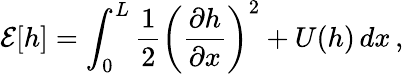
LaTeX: \mathcal{E}[h]=\int_{0}^{L}\frac{1}{2}\left({\frac{\partial h}{\partial x}}\right)^{2}+U(h)\, dx\, ,